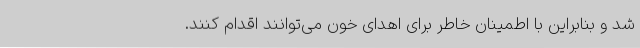
شد و بنابراین با اطمینان خاطر برای اهدای خون می‌توانند اقدام کنند.